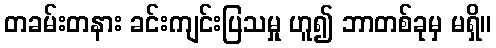
တခမ်းတနား ခင်းကျင်းပြသမှု ဟူ၍ ဘာတစ်ခုမှ မရှိ။